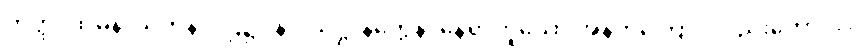
တတ္ထ၊ ထိုမနာယတနံ ပါဌ်၌။ နိဝါသဋ္ဌာနတ္ထေန၊ နေရာဟူသော အနက်ကြောင့်လည်းကောင်း။